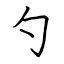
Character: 勺